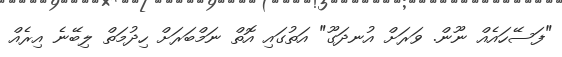
"ފަސޭހައެއް ނޫން. ވަރަށް އުނދަގޫ" އަތުގައި އޮތް ނަމްބަރަށް ހިދުމަތް ލިބޭނެ އިރެއް